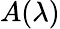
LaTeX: A(\lambda)